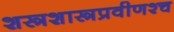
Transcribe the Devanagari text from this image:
शस्त्रशास्त्रप्रवीणश्च